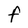
Character: F